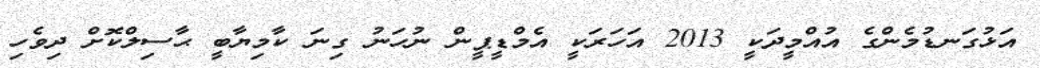
އަޅުގަނޑުމެންގެ އުއްމީދަކީ 2013 އަހަރަކީ އެމްޑީޕީން ނުހަނު ގިނަ ކާމިޔާބީ ޙާސިލްކޮށް ދިވެހި